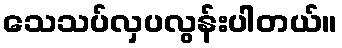
သေသပ်လှပလွန်းပါတယ်။